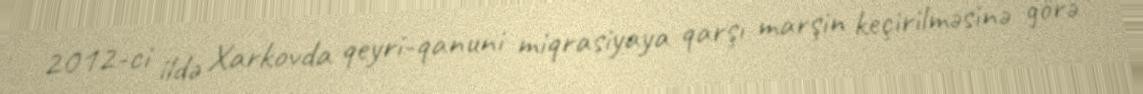
2012-ci ildə Xarkovda qeyri-qanuni miqrasiyaya qarşı marşin keçirilməsinə görə